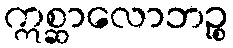
ဣစ္ဆာလောဘဉ္စ